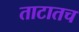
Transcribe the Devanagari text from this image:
ताटातच